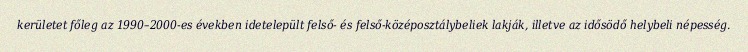
kerületet főleg az 1990–2000-es években idetelepült felső- és felső-középosztálybeliek lakják, illetve az idősödő helybeli népesség.